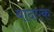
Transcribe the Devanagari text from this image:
बादएक